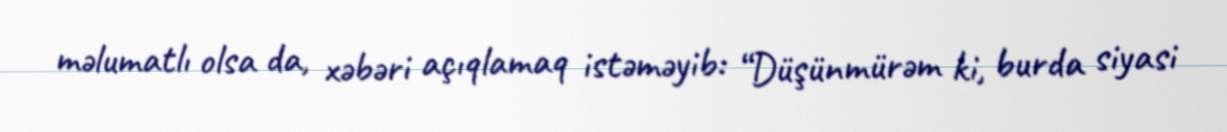
məlumatlı olsa da, xəbəri açıqlamaq istəməyib: “Düşünmürəm ki, burda siyasi